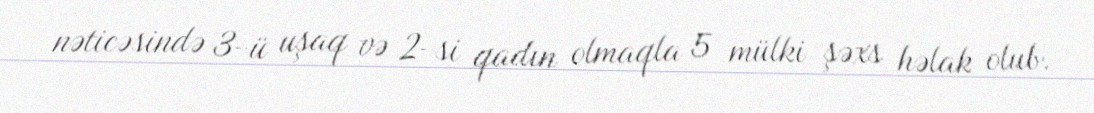
nəticəsində 3-ü uşaq və 2-si qadın olmaqla 5 mülki şəxs həlak olub.